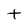
Character: t